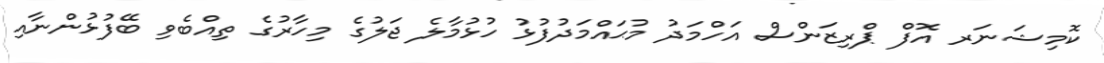
ކޮމިޝަނަރ އޮފް ޕްރިޒަންސް އަހްމަދު މުޙައްމަދުފުޅު ހުޅުމާލެ ޖަލުގެ މިހާރުގެ ތިއްބެވި ބޭފުޅުންނާއި